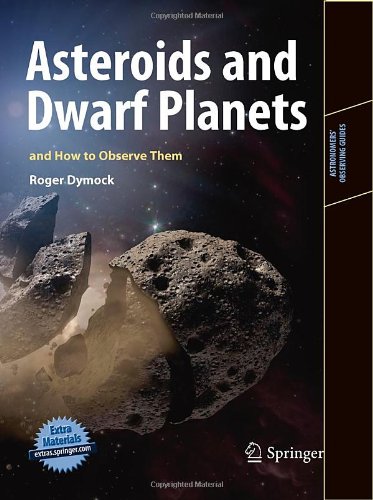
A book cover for Asteroids and Dwarf Planets and How to Observe Them (Astronomers' Observing Guides); Roger Dymock; Science & Math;